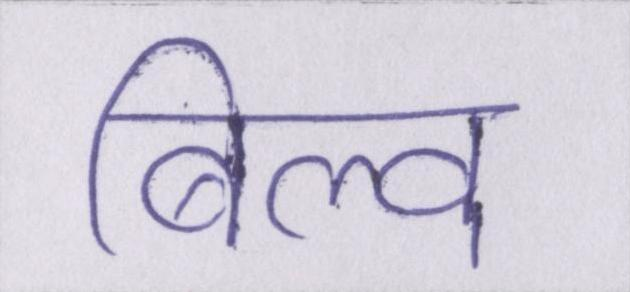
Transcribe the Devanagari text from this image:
बिल्व